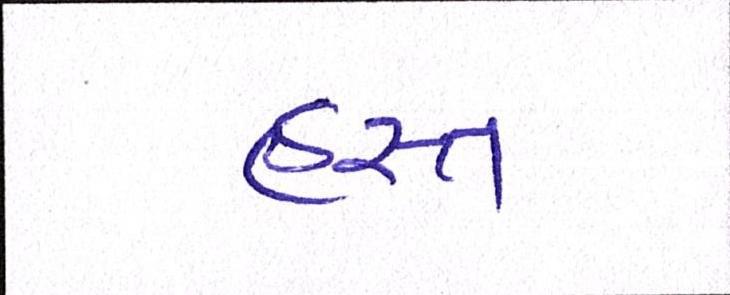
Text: હસ્ત